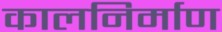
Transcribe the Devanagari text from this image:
कालनिर्माण